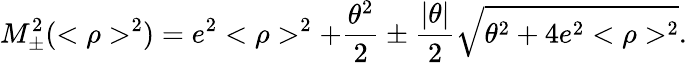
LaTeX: M_{\pm}^{2}(<\rho>^{2})=e^{2}<\rho>^{2}+\frac{\theta^{2}}{2}\pm\frac{|\theta|}{2}\sqrt{\theta^{2}+4e^{2}<\rho>^{2}}.